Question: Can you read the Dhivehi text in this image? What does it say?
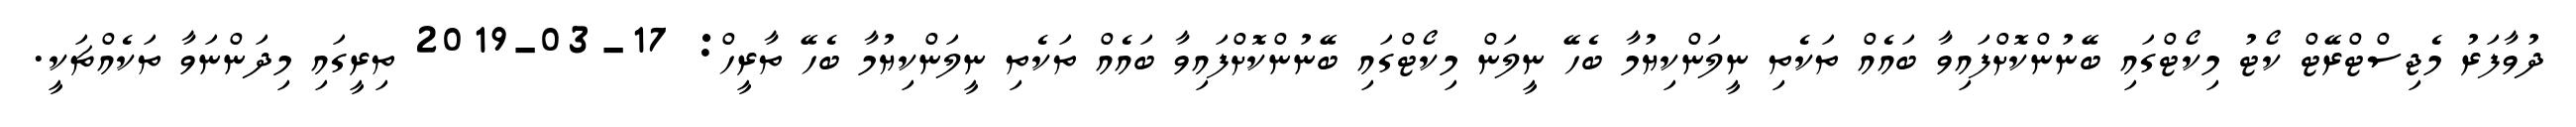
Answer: ދުވާފަރު މެޖިސްޓްރޭޓް ކޯޓު މިކޯޓްގައި ބޭނުންކޮށްފައިވާ ބައެއް ތަކެތި ނީލަންކިޔުމާ ބެހޭ ނީލަން މިކޯޓްގައި ބޭނުންކޮށްފައިވާ ބައެއް ތަކެތި ނީލަންކިޔުމާ ބެހޭ ތާރީހް: 17-03-2019 ތިރީގައި މިދަންނަވާ ތަކެއްޗަކީ.